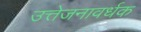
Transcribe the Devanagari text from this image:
उत्तेजनावर्धक